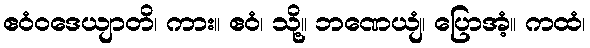
ဧဝံဝဒေယျာတိ၊ ကား။ ဧဝံ၊ သို့။ ဘဏေယျံ၊ ပြောအံ့။ ကထံ၊